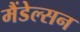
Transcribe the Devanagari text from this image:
मैंडेल्सन